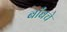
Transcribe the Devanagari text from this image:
बाँबचे